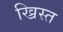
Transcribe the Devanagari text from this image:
ख्रिस्‍त्‍ा